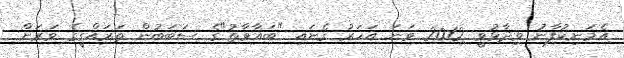
އެމަނިކުފާނު ވިދާޅުވީ 2012 ވަނަ އަހަރު ގެނައި "ބަޣާވާތު"ގެ ސަބަބުން ތަރައްގީގެ ވަރަށް